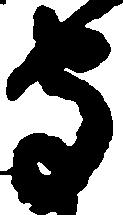
守